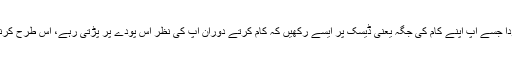
میڈیارپورٹس کے مطابق تحقیق میں بتایا گیا کہ ایک چھوٹا سا پودا جسے آپ اپنے کام کی جگہ یعنی ڈیسک پر ایسے رکھیں کہ کام کرتے دوران آپ کی نظر اس پودے پر پڑتی رہے، اس طرح کرنے سے آپ دفتر کےآٹھ گھنٹوں میں اسٹریس کو کم کرسکیں گے۔